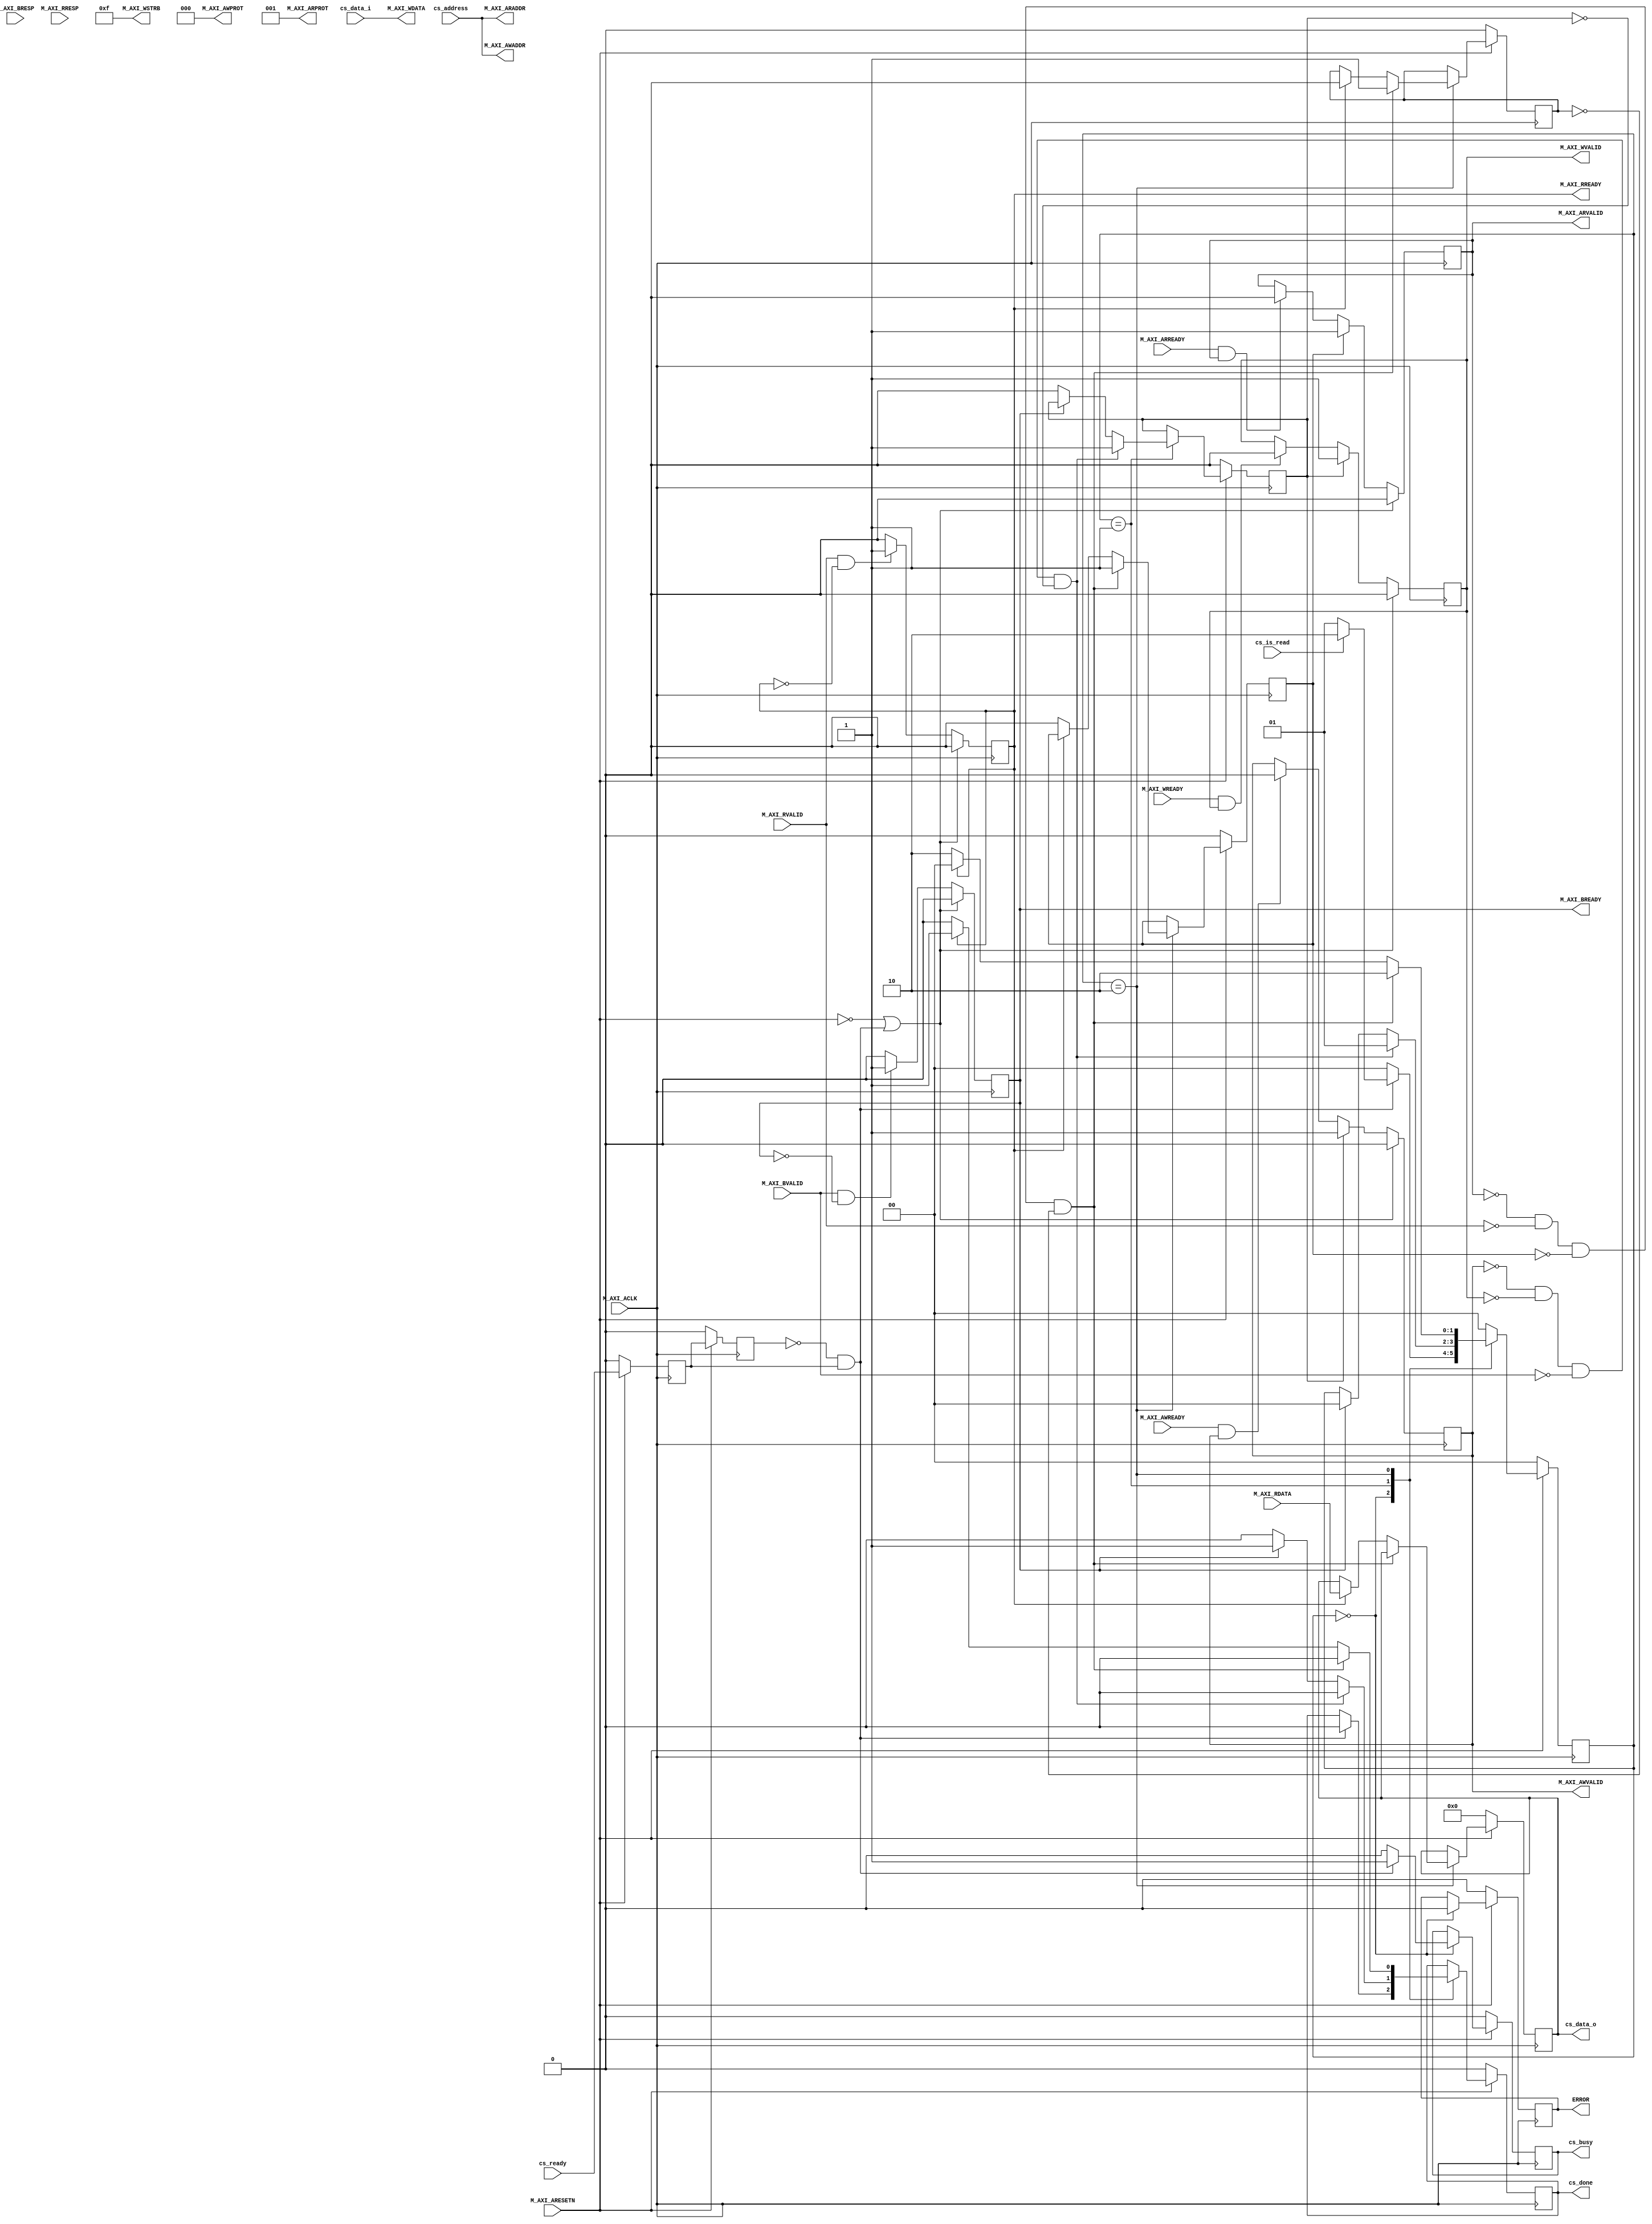
`timescale 1 ns / 1 ps

module fast_ip_scanner_v1_0_M00_AXI #
(
	// Users to add parameters here

	// User parameters ends
	// Do not modify the parameters beyond this line

	// Width of M_AXI address bus.
  // The master generates the read and write addresses of width specified as C_M_AXI_ADDR_WIDTH.
	parameter integer C_M_AXI_ADDR_WIDTH	= 32,
	// Width of M_AXI data bus.
  // The master issues write data and accept read data where the width of the data bus is C_M_AXI_DATA_WIDTH
	parameter integer C_M_AXI_DATA_WIDTH	= 32
)
(
	// Users to add ports here
  input wire cs_ready,
  input wire [31:0] cs_address,
  input wire [31:0] cs_data_i,
  input wire cs_is_read,
  output wire cs_busy,
  output wire cs_done,
  output wire [31:0] cs_data_o,

	// User ports ends
	// Do not modify the ports beyond this line

	// Initiate AXI transactions
	//input wire  INIT_AXI_TXN,
	// Asserts when ERROR is detected
	output reg  ERROR,
	// Asserts when AXI transactions is complete
	//output wire  TXN_DONE,
	// AXI clock signal
	input wire  M_AXI_ACLK,
	// AXI active low reset signal
	input wire  M_AXI_ARESETN,
	// Master Interface Write Address Channel ports. Write address (issued by master)
	output wire [C_M_AXI_ADDR_WIDTH-1 : 0] M_AXI_AWADDR,
	// Write channel Protection type.
  // This signal indicates the privilege and security level of the transaction,
  // and whether the transaction is a data access or an instruction access.
	output wire [2 : 0] M_AXI_AWPROT,
	// Write address valid.
  // This signal indicates that the master signaling valid write address and control information.
	output wire  M_AXI_AWVALID,
	// Write address ready.
  // This signal indicates that the slave is ready to accept an address and associated control signals.
	input wire  M_AXI_AWREADY,
	// Master Interface Write Data Channel ports. Write data (issued by master)
	output wire [C_M_AXI_DATA_WIDTH-1 : 0] M_AXI_WDATA,
	// Write strobes.
  // This signal indicates which byte lanes hold valid data.
  // There is one write strobe bit for each eight bits of the write data bus.
	output wire [C_M_AXI_DATA_WIDTH/8-1 : 0] M_AXI_WSTRB,
	// Write valid. This signal indicates that valid write data and strobes are available.
	output wire  M_AXI_WVALID,
	// Write ready. This signal indicates that the slave can accept the write data.
	input wire  M_AXI_WREADY,
	// Master Interface Write Response Channel ports.
  // This signal indicates the status of the write transaction.
	input wire [1 : 0] M_AXI_BRESP,
	// Write response valid.
  // This signal indicates that the channel is signaling a valid write response
	input wire  M_AXI_BVALID,
	// Response ready. This signal indicates that the master can accept a write response.
	output wire  M_AXI_BREADY,
	// Master Interface Read Address Channel ports. Read address (issued by master)
	output wire [C_M_AXI_ADDR_WIDTH-1 : 0] M_AXI_ARADDR,
	// Protection type.
  // This signal indicates the privilege and security level of the transaction,
  // and whether the transaction is a data access or an instruction access.
	output wire [2 : 0] M_AXI_ARPROT,
	// Read address valid.
  // This signal indicates that the channel is signaling valid read address and control information.
	output wire  M_AXI_ARVALID,
	// Read address ready.
  // This signal indicates that the slave is ready to accept an address and associated control signals.
	input wire  M_AXI_ARREADY,
	// Master Interface Read Data Channel ports. Read data (issued by slave)
	input wire [C_M_AXI_DATA_WIDTH-1 : 0] M_AXI_RDATA,
	// Read response. This signal indicates the status of the read transfer.
	input wire [1 : 0] M_AXI_RRESP,
	// Read valid. This signal indicates that the channel is signaling the required read data.
	input wire  M_AXI_RVALID,
	// Read ready. This signal indicates that the master can accept the read data and response information.
	output wire  M_AXI_RREADY
);

// function called clogb2 that returns an integer which has the
// value of the ceiling of the log base 2

 function integer clogb2 (input integer bit_depth);
	 begin
	 for(clogb2=0; bit_depth>0; clogb2=clogb2+1)
		 bit_depth = bit_depth >> 1;
	 end
 endfunction

// Example State machine to initialize counter, initialize write transactions,
// initialize read transactions and comparison of read data with the
// written data words.
parameter [1:0] IDLE = 2'b00, // This state initiates AXI4Lite transaction
		// after the state machine changes state to INIT_WRITE
		// when there is 0 to 1 transition on INIT_AXI_TXN
	INIT_WRITE   = 2'b01, // This state initializes write transaction,
		// once writes are done, the state machine
		// changes state to INIT_READ
	INIT_READ = 2'b10; // This state initializes read transaction
		// once reads are done, the state machine
		// changes state to INIT_COMPARE

 reg [1:0] mst_exec_state;

  // CS Reg
  //reg done;
// AXI4LITE signals
//write address valid
reg  	axi_awvalid;
//write data valid
reg  	axi_wvalid;
//read address valid
reg  	axi_arvalid;
//read data acceptance
reg  	axi_rready;
//write response acceptance
reg  	axi_bready;

//Asserts when a single beat read transaction is issued and remains asserted till the completion of read trasaction.
reg  	read_issued;
//Asserts when there is a write response error
wire  	write_resp_error;
//Asserts when there is a read response error
wire  	read_resp_error;
//A pulse to initiate a write transaction
reg  	start_single_write;
//A pulse to initiate a read transaction
reg  	start_single_read;
//flag that marks the completion of write trasactions. The number of write transaction is user selected by the parameter C_M_TRANSACTIONS_NUM.
//The error register is asserted when any of the write response error, read response error or the data mismatch flags are asserted.
reg  	error_reg;
//Flag is asserted when the read index reaches the last read transction number
reg  	init_txn_ff;
reg  	init_txn_ff2;
reg  	init_txn_edge;
wire  	init_txn_pulse;


reg [31:0] read_data;
reg _cs_done;
reg _cs_busy;

// I/O Connections assignments

//Set address from input
assign M_AXI_AWADDR	= cs_address;
//AXI 4 write data
assign M_AXI_WDATA	= cs_data_i;
assign M_AXI_AWPROT	= 3'b000;
assign M_AXI_AWVALID	= axi_awvalid;
//Write Data(W)
assign M_AXI_WVALID	= axi_wvalid;
//Set all byte strobes in this example
assign M_AXI_WSTRB	= 4'b1111;
//Write Response (B)
assign M_AXI_BREADY	= axi_bready;
//Read Address (AR)
assign M_AXI_ARADDR	= cs_address;
assign M_AXI_ARVALID	= axi_arvalid;
assign M_AXI_ARPROT	= 3'b001;
//Read and Read Response (R)
assign M_AXI_RREADY	= axi_rready;
//Example design I/O
//assign TXN_DONE	= done;
assign init_txn_pulse	= (!init_txn_ff2) && init_txn_ff;

  assign cs_done = _cs_done;
  assign cs_data_o = read_data; // M_AXI_RDATA
  assign cs_busy = _cs_busy;

//Generate a pulse to initiate AXI transaction.
always @(posedge M_AXI_ACLK)
  begin
    // Initiates AXI transaction delay
    if ( M_AXI_ARESETN == 0 )
      begin
        init_txn_ff <= 1'b0;
        init_txn_ff2 <= 1'b0;
      end
    else
      begin
        init_txn_ff <= cs_ready;
        init_txn_ff2 <= init_txn_ff;
      end
  end


//--------------------
//Write Address Channel
//--------------------

// The purpose of the write address channel is to request the address and
// command information for the entire transaction.  It is a single beat
// of information.

// Note for this example the axi_awvalid/axi_wvalid are asserted at the same
// time, and then each is deasserted independent from each other.
// This is a lower-performance, but simplier control scheme.

// AXI VALID signals must be held active until accepted by the partner.

// A data transfer is accepted by the slave when a master has
// VALID data and the slave acknoledges it is also READY. While the master
// is allowed to generated multiple, back-to-back requests by not
// deasserting VALID, this design will add rest cycle for
// simplicity.

// Since only one outstanding transaction is issued by the user design,
// there will not be a collision between a new request and an accepted
// request on the same clock cycle.

  always @(posedge M_AXI_ACLK)
  begin
    //Only VALID signals must be deasserted during reset per AXI spec
    //Consider inverting then registering active-low reset for higher fmax
    if (M_AXI_ARESETN == 0 || init_txn_pulse == 1'b1)
      begin
        axi_awvalid <= 1'b0;
      end
      //Signal a new address/data command is available by user logic
    else
      begin
        if (start_single_write)
          begin
            axi_awvalid <= 1'b1;
          end
     //Address accepted by interconnect/slave (issue of M_AXI_AWREADY by slave)
        else if (M_AXI_AWREADY && axi_awvalid)
          begin
            axi_awvalid <= 1'b0;
          end
      end
  end




//--------------------
//Write Data Channel
//--------------------

//The write data channel is for transfering the actual data.
//The data generation is speific to the example design, and
//so only the WVALID/WREADY handshake is shown here

   always @(posedge M_AXI_ACLK)
   begin
     if (M_AXI_ARESETN == 0  || init_txn_pulse == 1'b1)
       begin
         axi_wvalid <= 1'b0;
       end
     //Signal a new address/data command is available by user logic
     else if (start_single_write)
       begin
         axi_wvalid <= 1'b1;
       end
     //Data accepted by interconnect/slave (issue of M_AXI_WREADY by slave)
     else if (M_AXI_WREADY && axi_wvalid)
       begin
        axi_wvalid <= 1'b0;
       end
   end


//----------------------------
//Write Response (B) Channel
//----------------------------

//The write response channel provides feedback that the write has committed
//to memory. BREADY will occur after both the data and the write address
//has arrived and been accepted by the slave, and can guarantee that no
//other accesses launched afterwards will be able to be reordered before it.

//The BRESP bit [1] is used indicate any errors from the interconnect or
//slave for the entire write burst. This example will capture the error.

//While not necessary per spec, it is advisable to reset READY signals in
//case of differing reset latencies between master/slave.

  always @(posedge M_AXI_ACLK)
  begin
    if (M_AXI_ARESETN == 0 || init_txn_pulse == 1'b1)
      begin
        axi_bready <= 1'b0;
      end
    // accept/acknowledge bresp with axi_bready by the master
    // when M_AXI_BVALID is asserted by slave
    else if (M_AXI_BVALID && ~axi_bready)
      begin
        axi_bready <= 1'b1;
      end
    // deassert after one clock cycle
    else if (axi_bready)
      begin
        axi_bready <= 1'b0;
      end
    // retain the previous value
    else
      axi_bready <= axi_bready;
  end

//Flag write errors
assign write_resp_error = (axi_bready & M_AXI_BVALID & M_AXI_BRESP[1]);


//----------------------------
//Read Address Channel
//----------------------------

  // A new axi_arvalid is asserted when there is a valid read address
  // available by the master. start_single_read triggers a new read
  // transaction
  always @(posedge M_AXI_ACLK)
  begin
    if (M_AXI_ARESETN == 0 || init_txn_pulse == 1'b1)
      begin
        axi_arvalid <= 1'b0;
      end
    //Signal a new read address command is available by user logic
    else if (start_single_read)
      begin
        axi_arvalid <= 1'b1;
      end
    //RAddress accepted by interconnect/slave (issue of M_AXI_ARREADY by slave)
    else if (M_AXI_ARREADY && axi_arvalid)
      begin
        axi_arvalid <= 1'b0;
      end
    // retain the previous value
  end


//--------------------------------
//Read Data (and Response) Channel
//--------------------------------

//The Read Data channel returns the results of the read request
//The master will accept the read data by asserting axi_rready
//when there is a valid read data available.
//While not necessary per spec, it is advisable to reset READY signals in
//case of differing reset latencies between master/slave.

  always @(posedge M_AXI_ACLK)
  begin
    if (M_AXI_ARESETN == 0 || init_txn_pulse == 1'b1)
      begin
        axi_rready <= 1'b0;
      end
    // accept/acknowledge rdata/rresp with axi_rready by the master
    // when M_AXI_RVALID is asserted by slave
    else if (M_AXI_RVALID && ~axi_rready)
      begin
        axi_rready <= 1'b1;
      end
    // deassert after one clock cycle
    else if (axi_rready)
      begin
        axi_rready <= 1'b0;
      end
    // retain the previous value
  end

//Flag write errors
assign read_resp_error = (axi_rready & M_AXI_RVALID & M_AXI_RRESP[1]);


//--------------------------------
//User Logic
//--------------------------------

//Address/Data Stimulus

//Address/data pairs for this example. The read and write values should
//match.
//Modify these as desired for different address patterns.

  //implement master command interface state machine
  always @ ( posedge M_AXI_ACLK)
  begin
    if (M_AXI_ARESETN == 1'b0)
      begin
      // reset condition
      // All the signals are assigned default values under reset condition
        mst_exec_state     <= IDLE;
        start_single_write <= 1'b0;
        start_single_read  <= 1'b0;
        read_issued   <= 1'b0;                                                      
        ERROR <= 1'b0;
        _cs_done <= 1'b0;
        read_data <= 32'b0;
        _cs_busy <= 1'b0;
      end
    else
      begin
       // state transition
        case (mst_exec_state)

          IDLE:
          // This state is responsible to initiate
          // AXI transaction when init_txn_pulse is asserted
            if ( init_txn_pulse == 1'b1 )
              begin
                if ( cs_is_read == 1'b1 ) begin
                    _cs_done           <= 1'b0;
  	                mst_exec_state  <= INIT_READ;
                    ERROR <= 1'b0;
                    _cs_busy        <= 1'b1;
                end else begin
                    _cs_done           <= 1'b0;
  	                mst_exec_state  <= INIT_WRITE;
                    ERROR <= 1'b0;
                    _cs_busy        <= 1'b1;
                end
              end
            else
              begin
                mst_exec_state  <= IDLE;
                ERROR           <= 1'b0;
                _cs_busy        <= 1'b0;
              end

          INIT_WRITE:
            // This state is responsible to issue start_single_write pulse to
            // initiate a write transaction. Write transactions will be
            // issued until last_write signal is asserted.
            // write controller
              begin
                  if (~axi_awvalid && ~axi_wvalid && ~M_AXI_BVALID && ~start_single_write)
                    begin
                      start_single_write <= 1'b1;
                      mst_exec_state     <= INIT_WRITE;
                      _cs_done           <= 1'b0;
                    end
                  else if (axi_bready)
                    begin
                      mst_exec_state  <= IDLE;
                      _cs_done        <= 1'b1;
                    end
                  else
                    begin
                      start_single_write <= 1'b0; //Negate to generate a pulse
                      _cs_done           <= 1'b0;
                    end
              end

          INIT_READ:
            // This state is responsible to issue start_single_read pulse to
            // initiate a read transaction. Read transactions will be
            // issued until last_read signal is asserted.
             // read controller
               begin
                 mst_exec_state  <= INIT_READ;

                 if (~axi_arvalid && ~M_AXI_RVALID && ~start_single_read && ~read_issued)
                   begin
                     start_single_read <= 1'b1;
                      _cs_done         <= 1'b0;
                     read_issued  <= 1'b1;                                          
                   end
                 else if (axi_rready)
                   begin
                     mst_exec_state  <= IDLE;
                     read_data       <= M_AXI_RDATA;
                      _cs_done       <= 1'b1;
                     read_issued     <= 1'b0;
                   end
                 else
                   begin
                     start_single_read <= 1'b0; //Negate to generate a pulse
                     _cs_done          <= 1'b0;
                   end
               end
           default :
             begin
               mst_exec_state  <= IDLE;
             end
        endcase
    end
  end //MASTER_EXECUTION_PROC

  //assign LEDs[1:0] = mst_exec_state;
  //assign LEDs[2]   = ERROR;
  //assign LEDs[3]   = _cs_done;
  //assign LEDs[4]   = start_single_write;
  //assign LEDs[5]   = start_single_read;

// User logic ends
endmodule